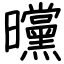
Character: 曭